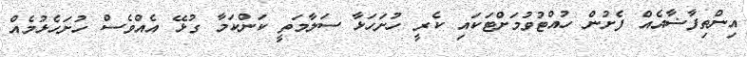
އިންތިފާޟާއެއް ފެށުން ހުއްޓުވުމަށްޓަކައި ކެރީ ހުށަހަޅާ ސަލާމަތީ ކަންކަމާ ގުޅޭ އެއްވެސް ހުށަހެޅުމެއް